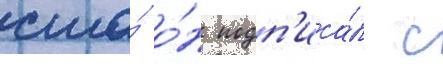
сша́ о́н подп'иса́л с